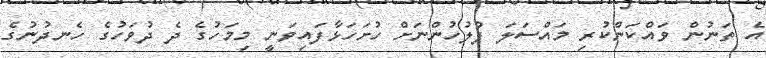
އެ ތަނުން ވައްކަންކުރި މައްސަލަ ފުލުހުންނަށް ހުށަހަޅާފައިވަނީ މިމަހުގެ ދެ ދުވަހުގެ ހެނދުނުގެ